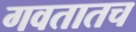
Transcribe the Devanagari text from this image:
गवतातच